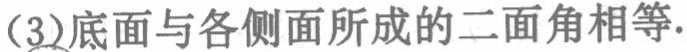
(3)底面与各侧面所成的二面角相等.